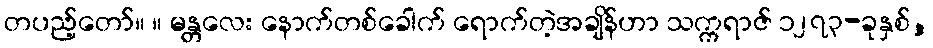
တပည့်တော်။ ။ မန္တလေး နောက်တစ်ခေါက် ရောက်တဲ့အချိန်ဟာ သက္ကရာဇ် ၁၂၇၃-ခုနှစ်,